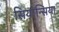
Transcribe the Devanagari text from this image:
सियान्सिया